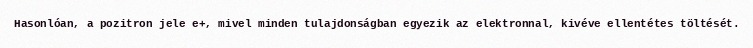
Hasonlóan, a pozitron jele e+, mivel minden tulajdonságban egyezik az elektronnal, kivéve ellentétes töltését.